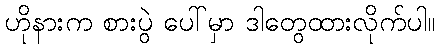
ဟိုနားက စားပွဲ ပေါ်မှာ ဒါတွေထားလိုက်ပါ။